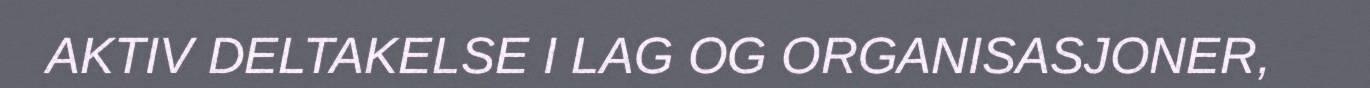
AKTIV DELTAKELSE I LAG OG ORGANISASJONER,